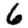
Digit: 6